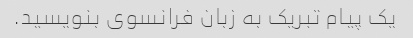
یک پیام تبریک به زبان فرانسوی بنویسید.